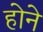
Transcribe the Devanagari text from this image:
हाेने